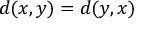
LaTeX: d ( x , y ) = d ( y , x )